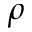
\rho